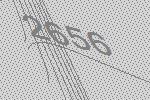
2656